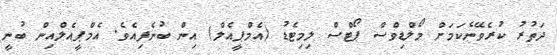
ދަތުރު ކުރެވޭނެކަމަށް މޯލްޑިވްސް ޕޯޓްސް ލިމިޓެޑު (އެމްޕީއެލް) އިން ބުނެފިއެވެ. އެމްޕީއެލްއިން ބުނީ